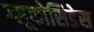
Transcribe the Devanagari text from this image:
ग्लूकोसिडेस